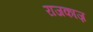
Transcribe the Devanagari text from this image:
राजकाज़